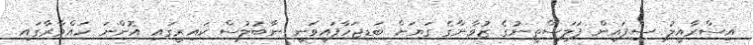
އިސްރާއީލު ސިފައިން ފަލަސްތީނުގެ ޒުވާނާގެ ގަޔަށް ބަޑިޖަހާފައިވަނީ ނާބުލުސް ކައިރީގައި އޮންނަ ހައްވާރާގައި